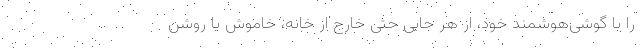
را با گوشی‌هوشمند خود، از هر جایی حتی خارج از خانه، خاموش یا روشن